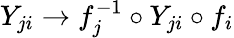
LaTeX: Y_{ji}\to f_{j}^{-1}\circ Y_{ji}\circ f_{i}